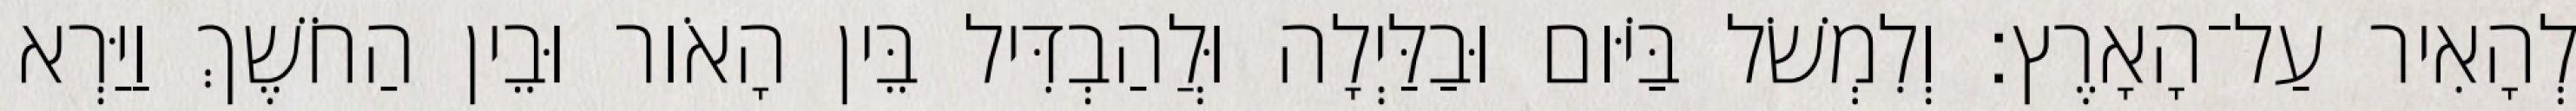
לְהָאִיר עַל־הָאָרֶץ׃ וְלִמְשֹׁל בַּיֹּום וּבַלַּיְלָה וּלֲהַבְדִּיל בֵּין הָאֹור וּבֵין הַחֹשֶׁךְ וַיַּרְא